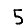
Digit: 5